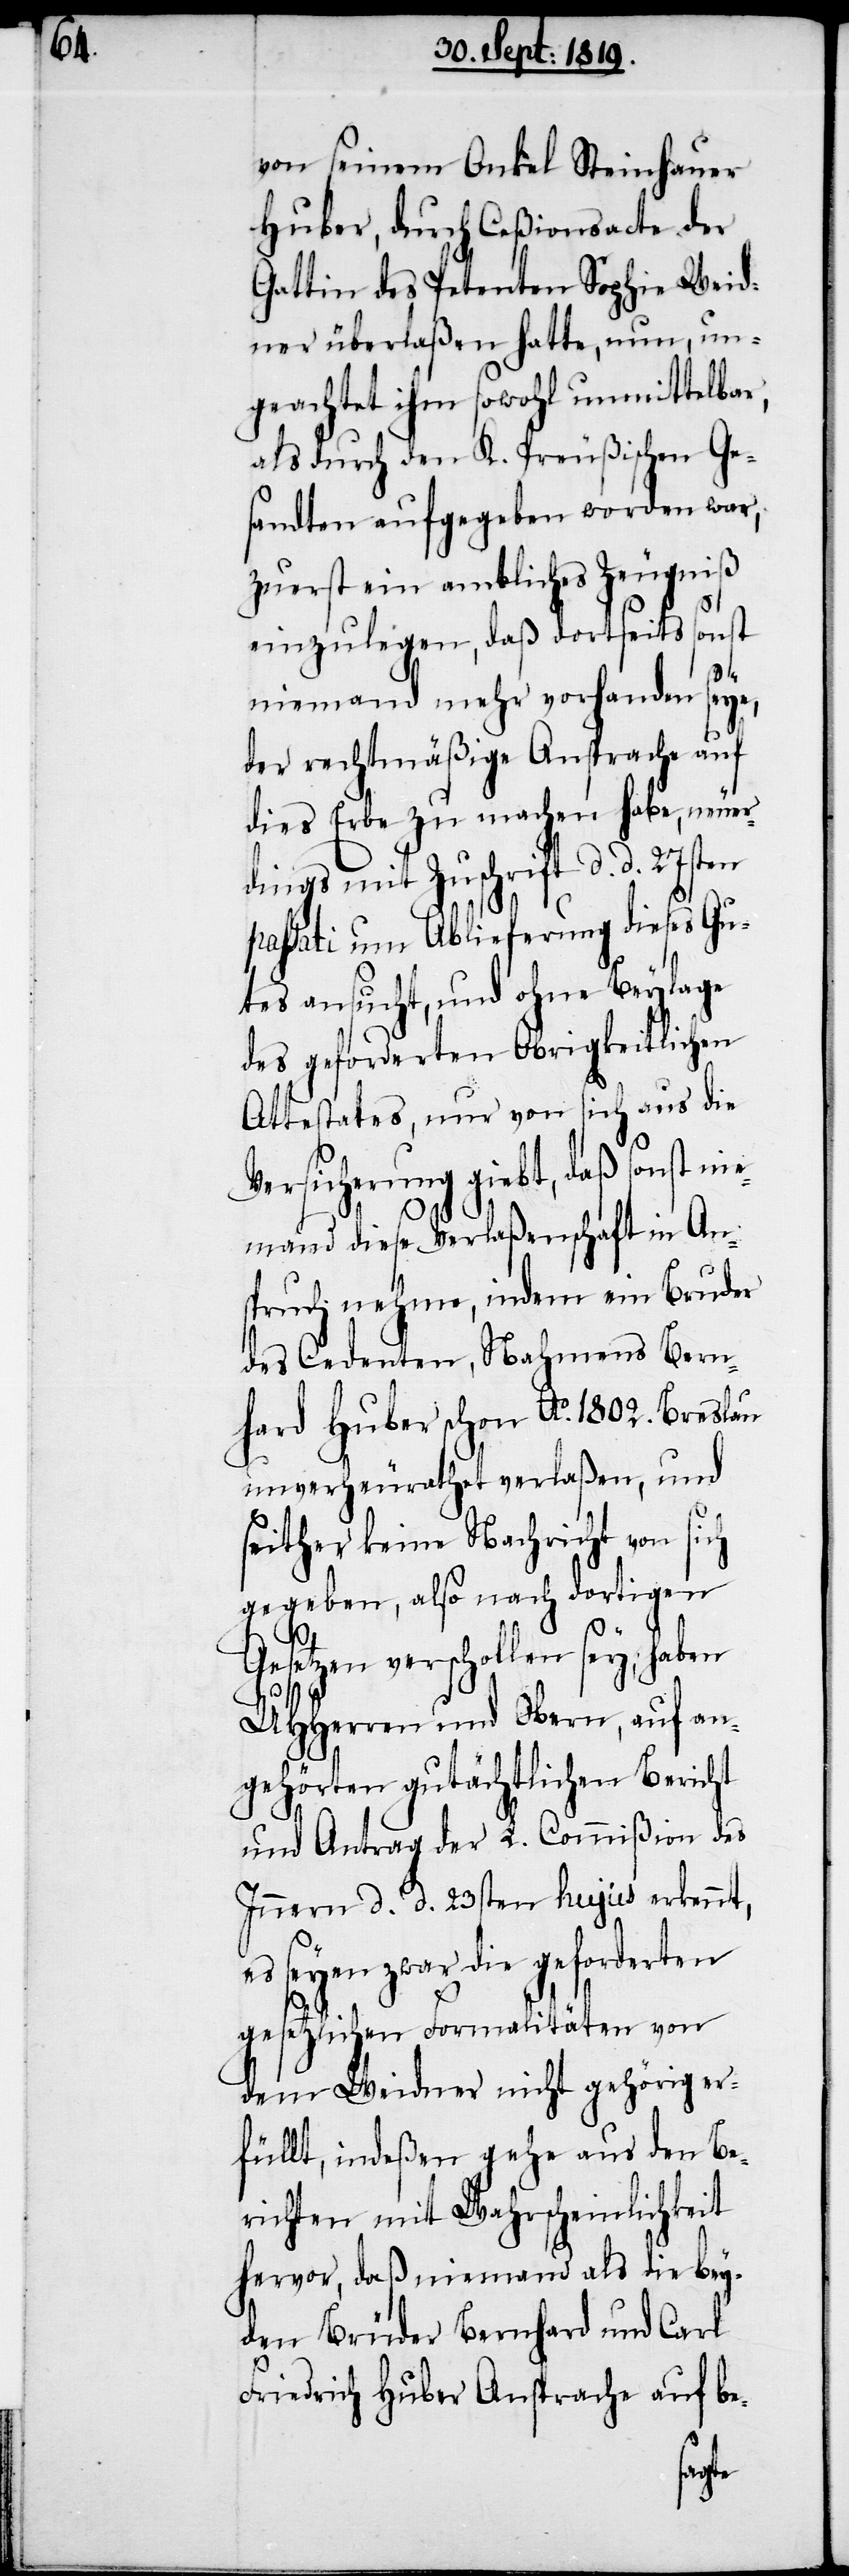
von seinem Onkel Steinhauer
Huber, durch Ceßionsacte der
Gattin des Petenten Sophie Weid¬
ner überlaßen hatte, nun, un¬
geachtet ihm sowohl unmittelbar,
als durch den K. Preußischen Ge¬
sandten aufgegeben worden war,
zuerst ein amtliches Zeugniß
einzulegen, daß dortseits sonst
niemand mehr vorhanden seye,
der rechtmäßige Ansprache auf
dies Erbe zu machen habe, neuer¬
dings mit Zuschrift d. d. 27sten
passati um Ablieferung dieses Gu¬
tes ansucht, und ohne Beylage
des geforderten Obrigkeitlichen
Attestates, nur von sich aus die
Vericherung giebt, daß sonst nie¬
mand diese Verlaßenschaft in An¬
spruch nehme, indem ein Bruder
des Cedenten, Nahmens Bern¬
hard Huber schon Ao. 1802. Breslau
unverheurathet verlaßen, und
seither keine Nachricht von sich
gegeben, also nach dortigen
Gesetzen verschollen sey, haben
UHHerren und Obern, auf an¬
gehörten gutächtlichen Bericht
und Antrag der L. Commißion des
Innern d. d. 23sten hujus erkennt,
seyen zwar die geforderten
gesetzlichen Formalitäten von
dem Weidner nicht gehörig er¬
füllt, indeßen gehe aus den Be¬
richten mit Wahrscheinlichkeit
hervor, daß niemand als die bey¬
den Brüder Bernhard und Carl
Friedrich Huber Ansprache auf be-